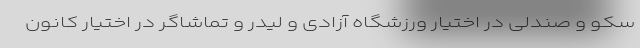
سکو و صندلی در اختیار ورزشگاه آزادی و لیدر و تماشاگر در اختیار کانون